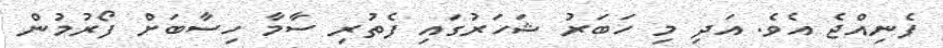
ފެނިއްޖެ އެވެ. އަދި މި ހަބަރު ޝަހަރުގައި ފެތުރި ސާމާ ހިސާބަށް ފޯރުމުން